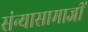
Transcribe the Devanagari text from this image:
संन्यासामाजीं